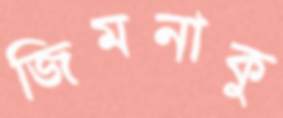
জিমনাকু